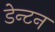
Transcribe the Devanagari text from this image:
डेन्टन